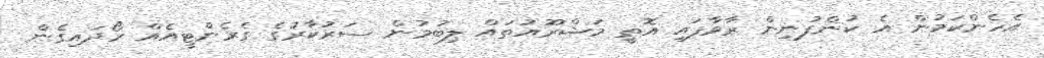
އެހެންކަމުން އެ ކުންފުނިން ރާވާފައި އޮތީ މަޝްރޫއުތައް ލިބުމުން ސަރުކާރުގެ ގެރެންޓީއެއް ހޯދައިގެން